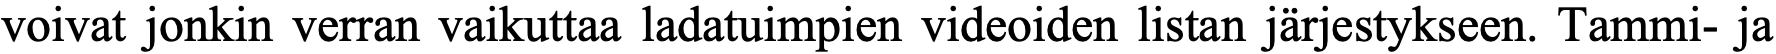
voivat jonkin verran vaikuttaa ladatuimpien videoiden listan järjestykseen. Tammi- ja